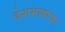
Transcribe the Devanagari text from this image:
देशभाषांचा